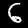
Digit: 6